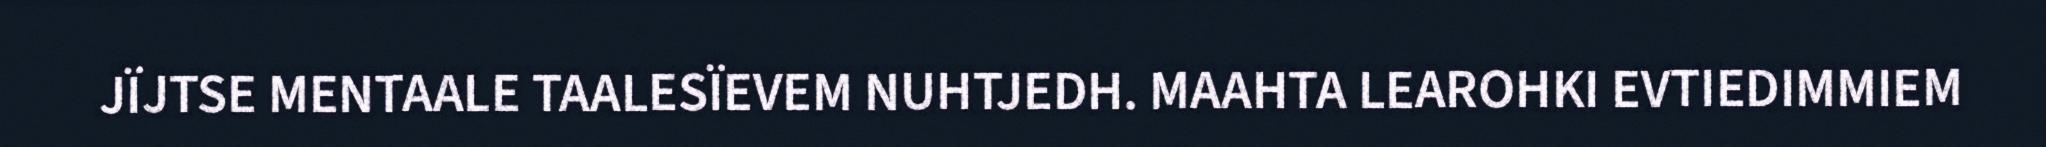
JÏJTSE MENTAALE TAALESÏEVEM NUHTJEDH. MAAHTA LEAROHKI EVTIEDIMMIEM